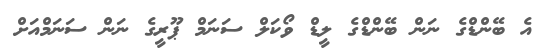
އެ ބޭންޑްގެ ނަން ބޭންޑްގެ ލީޑް ވޯކަލް ސަނަމް ޕޫރީގެ ނަން ސަނަމްއަށް